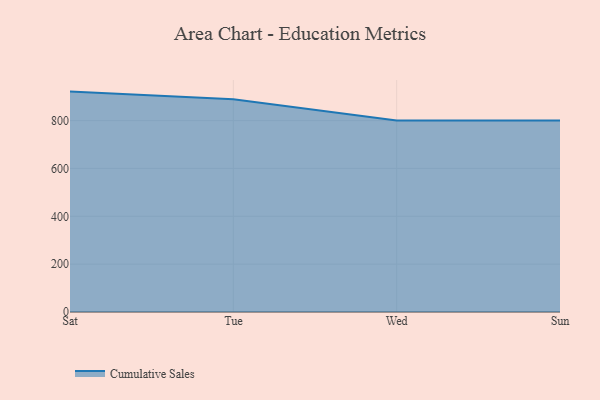
{"axis": {"x": "Day", "y": "Energy Usage (MWh)"}, "legend": ["Cumulative Sales"], "data": [{"x": "Sat", "y": 921.2, "type": "Cumulative Sales"}, {"x": "Tue", "y": 889.7, "type": "Cumulative Sales"}, {"x": "Wed", "y": 800, "type": "Cumulative Sales"}, {"x": "Sun", "y": 800, "type": "Cumulative Sales"}]}